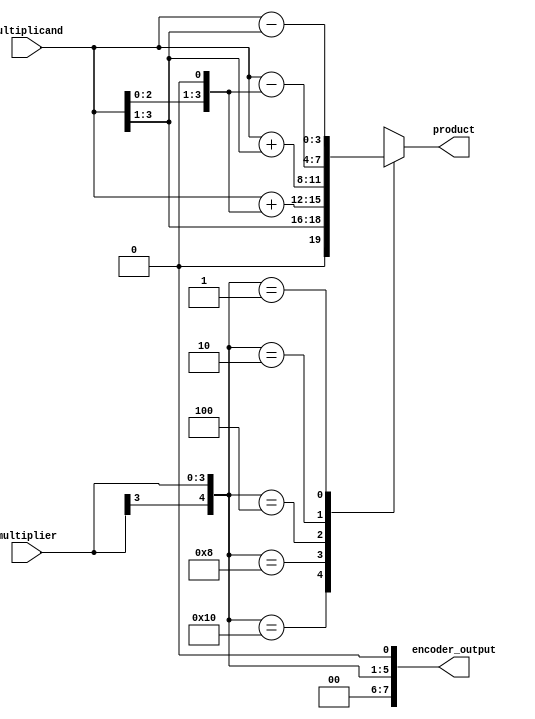
module BoothMultiplier(
    input [3:0] multiplier,
    input [3:0] multiplicand,
    output reg [7:0] encoder_output,
    output reg [3:0] product
);

// Booth encoder
always @(*)
begin
    encoder_output = {multiplier[3], multiplier, 1'b0};
end

// Booth control unit
always @ (*)
begin
    case(encoder_output)
        8'b10000000: product = multiplicand; // no operation
        8'b01000000: product = multiplicand << 1; // left shift multiplicand by 1
        8'b00100000: product = multiplicand >> 1; // right shift multiplicand by 1
        8'b00010000: product = multiplicand + (multiplicand << 1); // add multiplicand with left shift
        8'b00001000: product = multiplicand + (multiplicand >> 1); // add multiplicand with right shift
        8'b00000100: product = multiplicand - (multiplicand << 1); // subtract multiplicand with left shift
        8'b00000010: product = multiplicand - (multiplicand >> 1); // subtract multiplicand with right shift
        8'b00000001: product = -multiplicand; // negate multiplicand
        default: product = 4'bXXXX; // invalid input
    endcase
end

endmodule